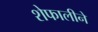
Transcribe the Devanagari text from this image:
शेफालीने